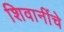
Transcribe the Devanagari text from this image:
शिवानींचे